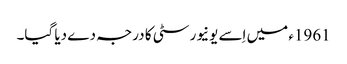
1961ء میں اِسے یونیورسٹی کا درجہ دے دیا گیا۔